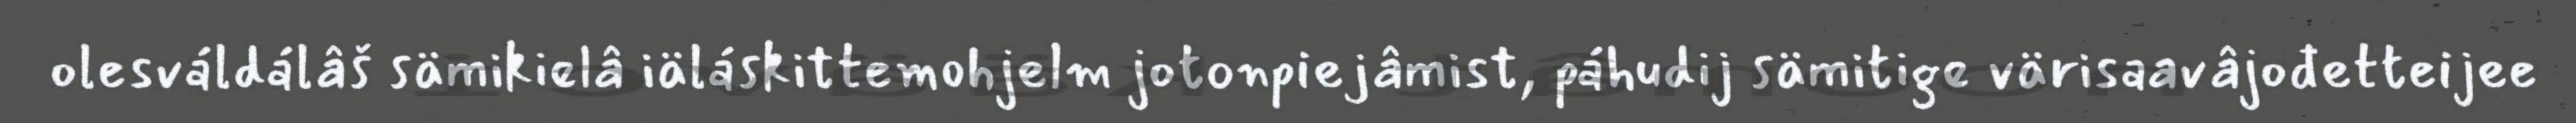
olesváldálâš sämikielâ iäláskittemohjelm jotonpiejâmist, páhudij sämitige värisaavâjođetteijee